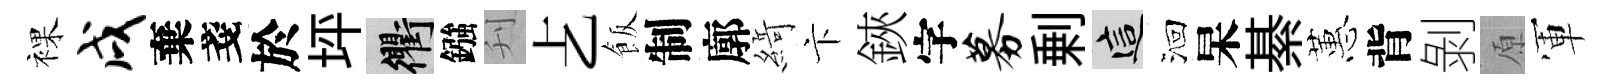
裸戌棄戔於坪衢鏹刋𠧒飯制廓𦂶卞鋏字募剰這洄杲綦蕙背剝原軍